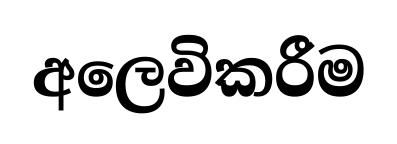
අලෙවිකරීම